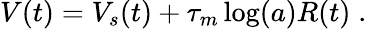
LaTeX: V(t)=V_{s}(t)+\tau_{m}\log(a)R(t)\; .